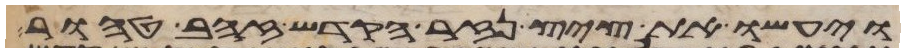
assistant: ויעשו את ציץ נזר הקדש זהב טהור